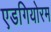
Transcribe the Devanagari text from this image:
एडगियोरम